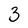
Character: 3